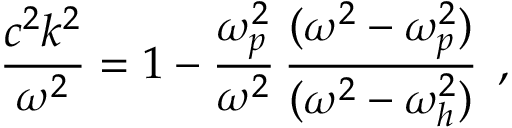
\frac { c ^ { 2 } k ^ { 2 } } { \omega ^ { 2 } } = 1 - \frac { \omega _ { p } ^ { 2 } } { \omega ^ { 2 } } \, \frac { ( \omega ^ { 2 } - \omega _ { p } ^ { 2 } ) } { ( \omega ^ { 2 } - \omega _ { h } ^ { 2 } ) } \, \; ,